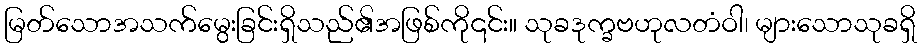
မြတ်သောအသက်မွေးခြင်းရှိသည်၏အဖြစ်ကို၎င်း။ သုခဒုက္ခဗဟုလတံဝါ၊ များသောသုခရှိ